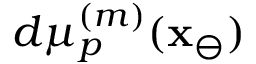
d \mu _ { p } ^ { ( m ) } ( \mathbf { x } _ { \ominus } )